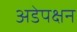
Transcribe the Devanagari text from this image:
अडेपक्षन